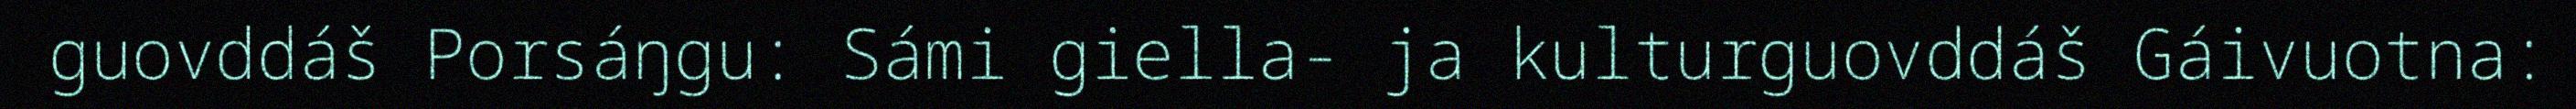
guovddáš Porsáŋgu: Sámi giella- ja kulturguovddáš Gáivuotna: